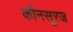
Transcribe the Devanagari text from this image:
कौनसूरज